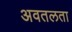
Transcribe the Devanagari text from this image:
अवतलता